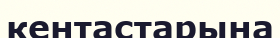
кентастарына